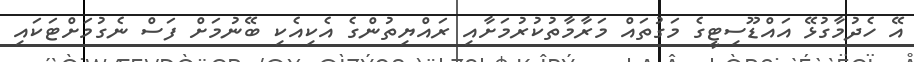
އޭ ހެދުމާގުޅޭ އައްޑޫސިޓީގެ މަގުތައް މަރާމާތުކުރުމަށާއި ރައްޔިތުންގެ އެކިއެކި ބޭނުމަށް ފަސް ނެގުމަށްޓަކައި